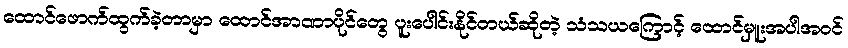
ထောင်ဖောက်ထွက်ခဲ့တာမှာ ထောင်အာဏာပိုင်တွေ ပူးပေါင်းနိုင်တယ်ဆိုတဲ့ သံသယကြောင့် ထောင်မှူးအပါအဝင်